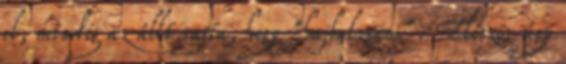
el, mindig az állt rajta, hogy "hajbalzsam". Először úgy